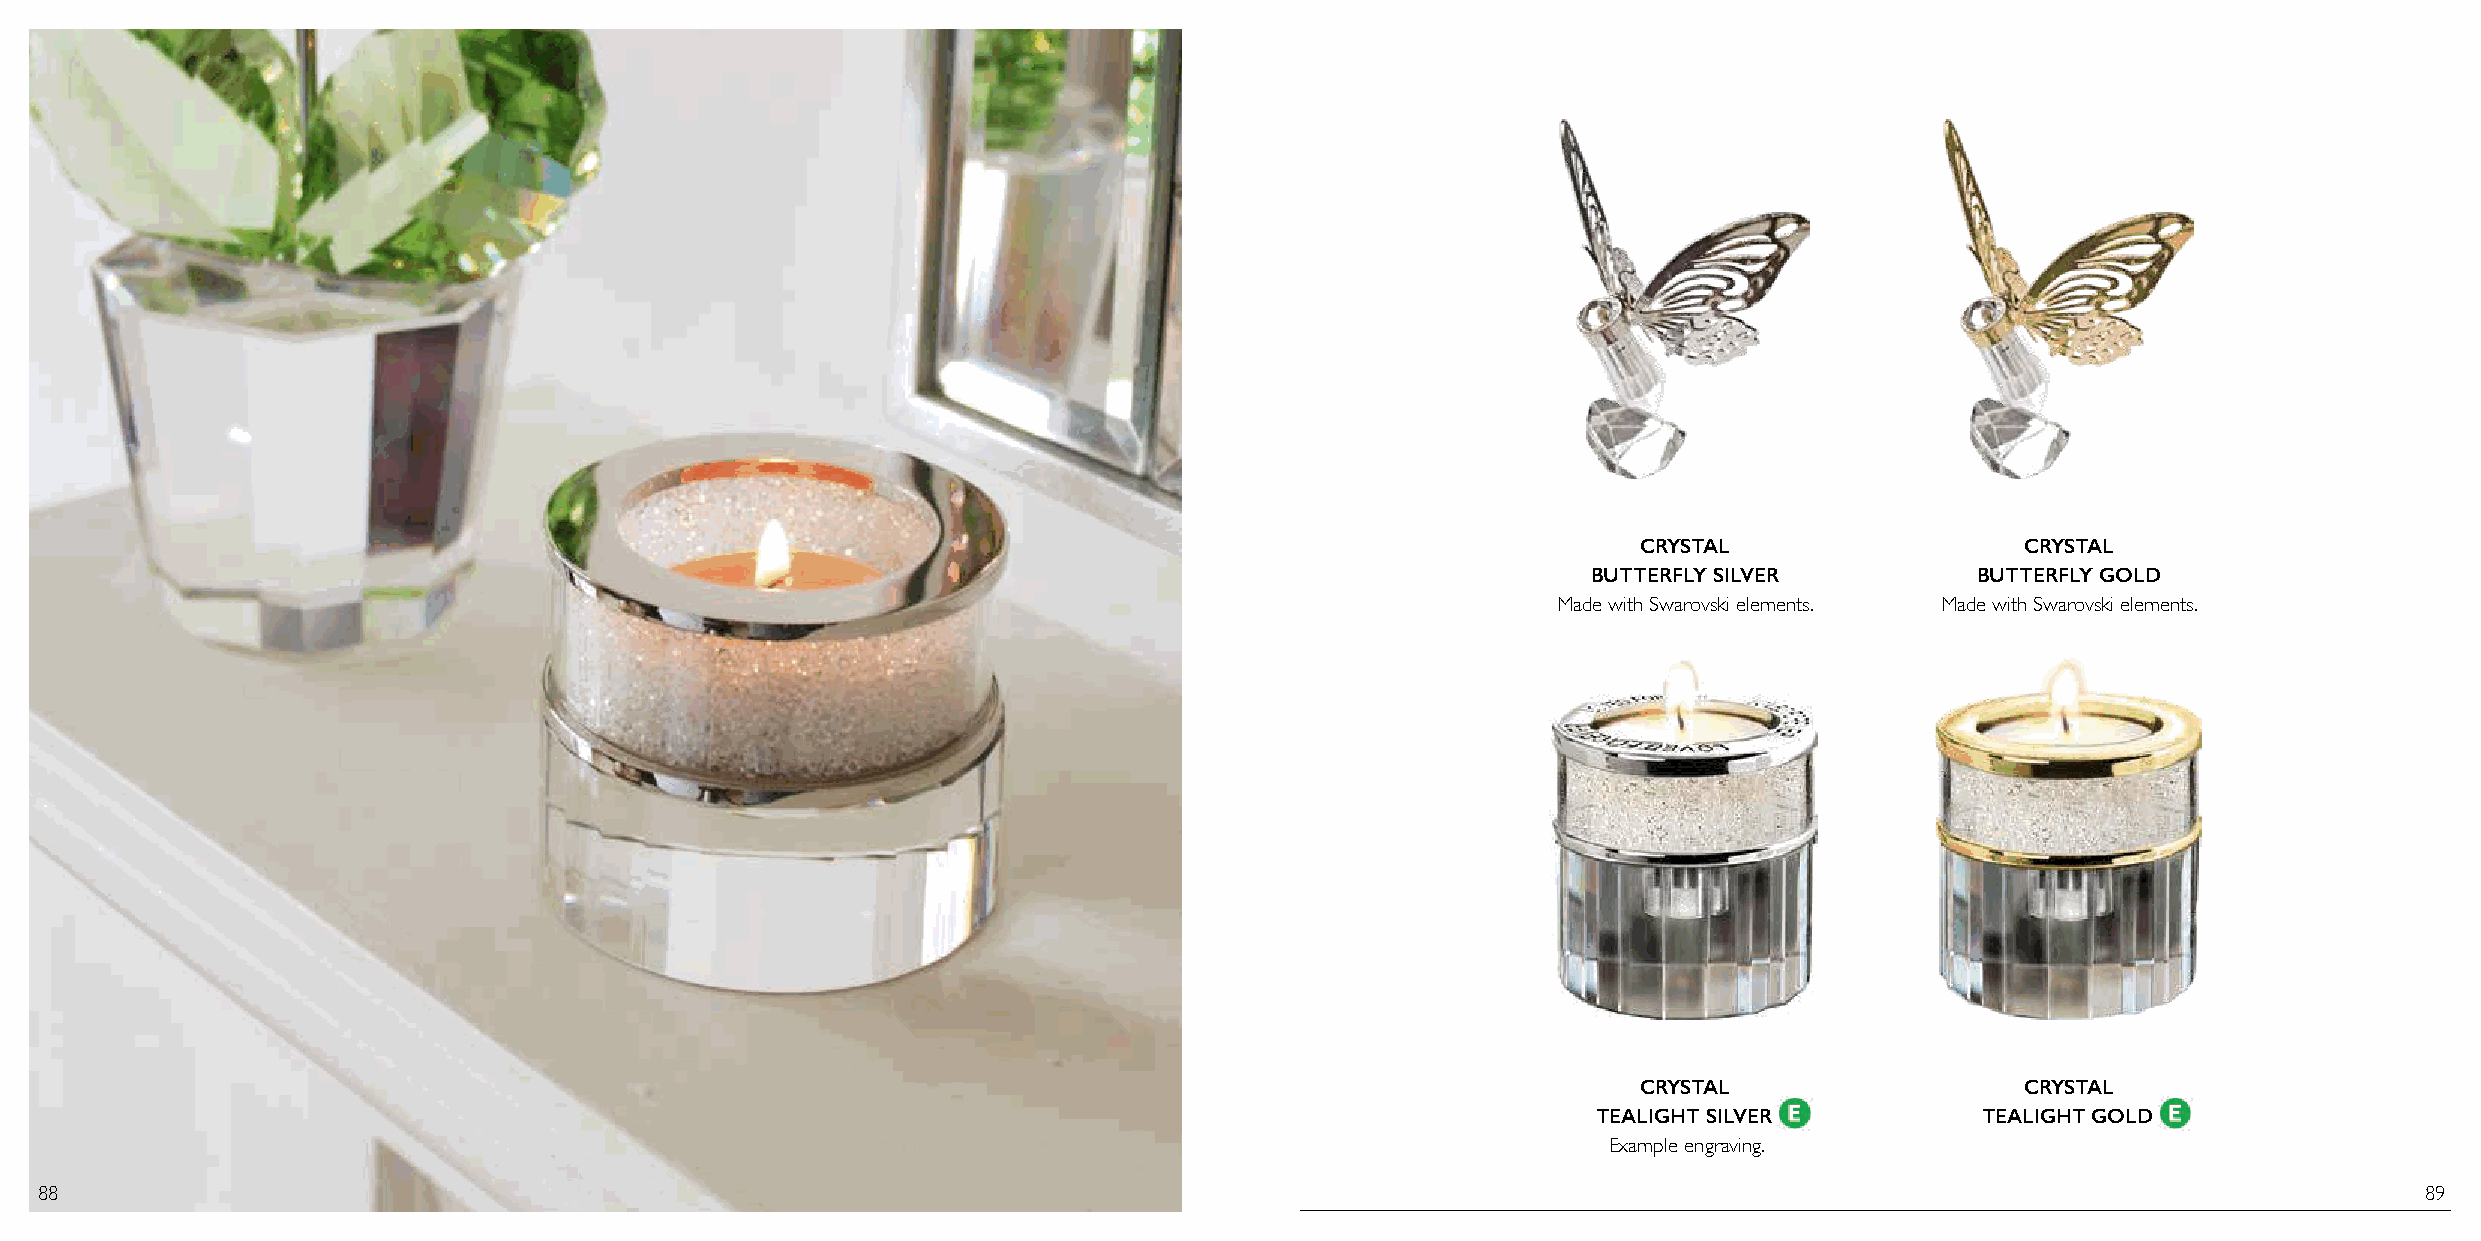
CRYSTAL                  CRYSTAL
 BUTTERFLY SILVER          BUTTERFLY GOLD
 Made with Swarovski elements. Made with Swarovski elements.
 CRYSTAL                  CRYSTAL
 TEALIGHT SILVER          TEALIGHT GOLD
 Example engraving.
 88                                                                                                                                                            89